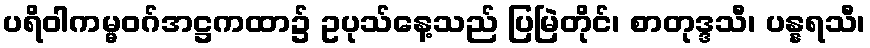
ပရိဝါကမ္မဝဂ်အဋ္ဌကထာ၌ ဥပုသ်နေ့သည် ပြမြဲတိုင်၊ စာတုဒ္ဒသီ၊ ပန္နရသီ၊